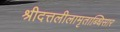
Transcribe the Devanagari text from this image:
श्रीदत्तलीलामृताब्धिसार